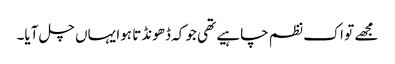
مجھے تو اک نظم چاہیے تھی جو کہ ڈھونڈتا ہوا یہاں چل آیا۔